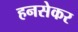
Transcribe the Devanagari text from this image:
हनसेकर